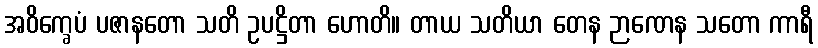
အဝိက္ခေပံ ပဇာနတော သတိ ဥပဋ္ဌိတာ ဟောတိ။ တာယ သတိယာ တေန ဉာဏေန သတော ကာရီ